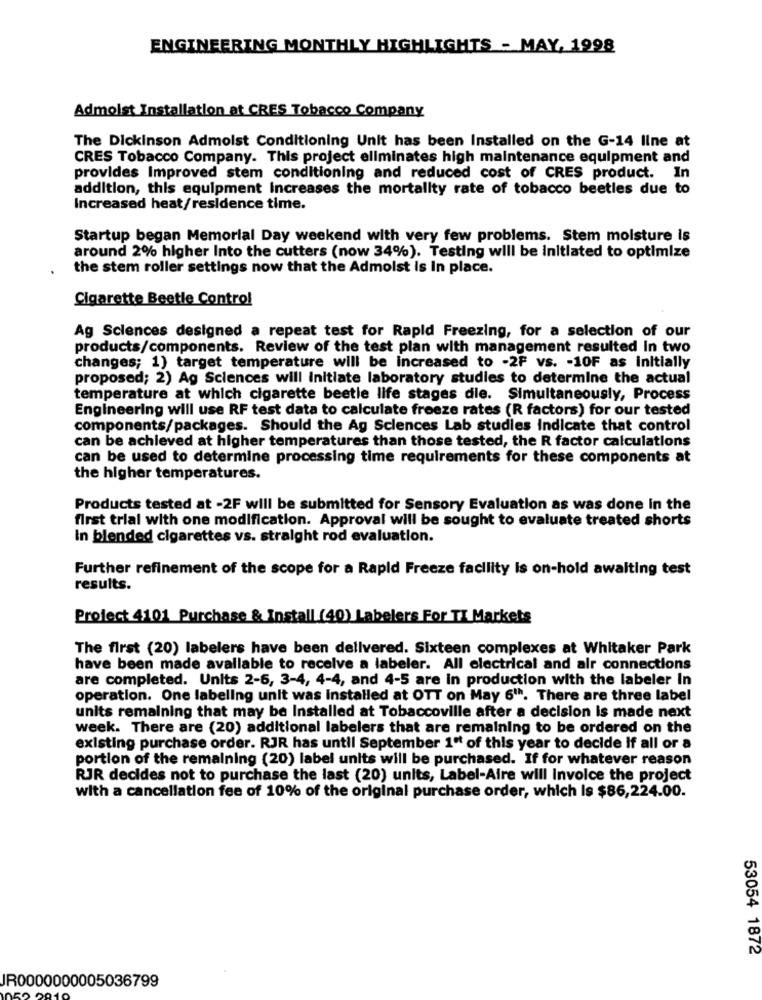
ENGINEERING MONTHLY HIGHLIGHTS - MAY, 1998
Admolst Installation at CRES Tobacco Company
The Dickinson Admolst Conditioning Unit has been Installed on the G-14 line at
CRES Tobacco Company. This project eliminates high maintenance equipment and
provides Improved stem conditioning and reduced cost of CRES product. In
addition, this equipment Increases the mortality rate of tobacco beetles due to
Increased heat/residence time.
Startup began Memorial Day weekend with very few problems. Stem moisture is
around 2% higher Into the cutters (now 34%). Testing will be initiated to optimize
the stem roller settings now that the Admoist Is In place.
Cigarette Beetle Control
Ag Sciences designed a repeat test for Rapid Freezing, for a selection of our
products/components. Review of the test plan with management resulted In two
changes; 1) target temperature will be increased to -2F vs. - 10F as initially
proposed; 2) Ag Sciences will Initiate laboratory studies to determine the actual
temperature at which cigarette beetle life stages die. Simultaneously, Process
Engineering will use RF test data to calculate freeze rates (R factors) for our tested
components/packages. Should the Ag Sciences Lab studies indicate that control
can be achieved at higher temperatures than those tested, the R factor calculations
can be used to determine processing time requirements for these components at
the higher temperatures.
Products tested at -2F will be submitted for Sensory Evaluation as was done in the
first trial with one modification. Approval will be sought to evaluate treated shorts
In blended cigarettes vs. straight rod evaluation.
Further refinement of the scope for a Rapid Freeze facility is on-hold awaiting test
results.
Project 4101 Purchase & Install (40) Labelers For TI Markets
The first (20) labelers have been delivered. Sixteen complexes at Whitaker Park
have been made available to receive a labeler. All electrical and air connections
are completed. Units 2-6, 3-4, 4-4, and 4-5 are in production with the labeler In
operation. One labeling unit was installed at OTT on May 6"". There are three label
units remaining that may be Installed at Tobaccoville after a decision is made next
week. There are (20) additional labelers that are remaining to be ordered on the
existing purchase order. RJR has until September 1ºt of this year to decide if all or a
portion of the remaining (20) label units will be purchased. If for whatever reason
RJR decides not to purchase the last (20) units, Label-Aire will Invoice the project
with a cancellation fee of 10% of the original purchase order, which Is $86,224.00.
53054 1872
IR0000000005036799